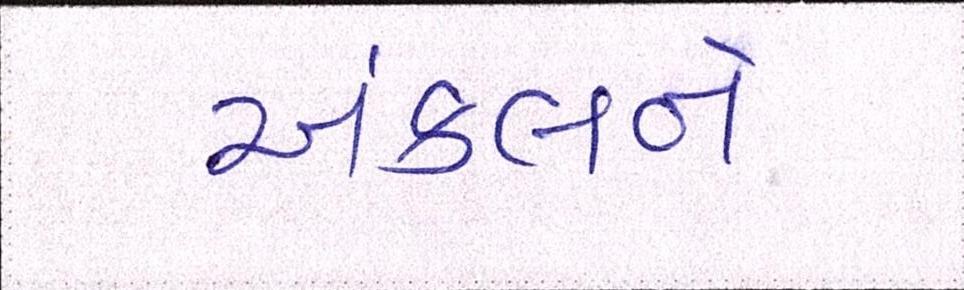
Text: અંકલને